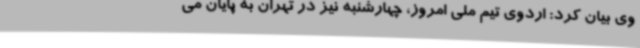
وی بیان کرد: اردوی تیم ملی امروز، چهارشنبه نیز در تهران به پایان می